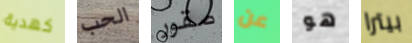
كهدية الحب صقور عن هو بيترا